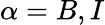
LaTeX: \alpha=B,I